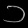
Digit: ၁